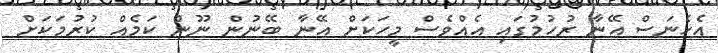
އެހެނަސް އޭނާ ރުހުމުގައި އެއްވެސް މީހަކަށް އޭނާ ބޭނުން ނޫން ކަމެއް ކުރުމަކަށް